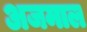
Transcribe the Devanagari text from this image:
अजमाल